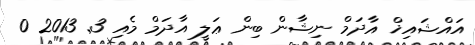
އައްޝައިޚް އާދަމް ނިޝާން ބިން ޢަލީ އާދަމް މެއި 3